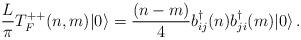
LaTeX: \begin{align*}\frac{L}{\pi}T^{++}_F(n,m) | 0 \rangle = {(n-m) \over 4}b^\dagger_{ij}(n) b^\dagger_{ji}(m)| 0 \rangle\,.\end{align*}